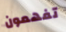
تفهمون